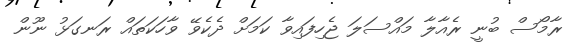
ރާމޯސް ބުނީ ރެއާލާ މައްސަލަ ޖެހިފައިވާ ކަމަށް ދެކެވޭ ވާހަކަތައް ރަނގަޅު ނޫން